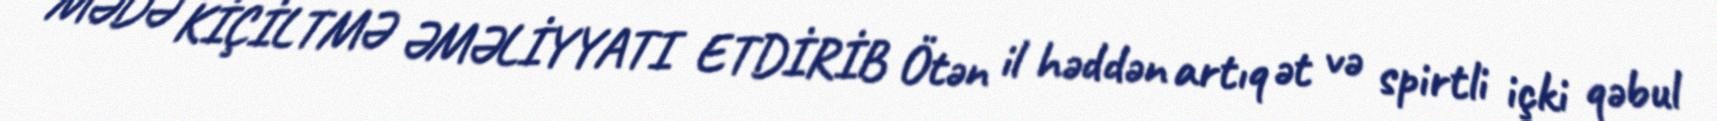
MƏDƏ KİÇİLTMƏ ƏMƏLİYYATI ETDİRİB Ötən il həddən artıq ət və spirtli içki qəbul